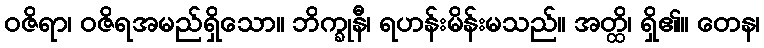
ဝဇိရာ၊ ဝဇိရအမည်ရှိသော။ ဘိက္ခုနီ၊ ရဟန်းမိန်းမသည်။ အတ္ထိ၊ ရှိ၏။ တေန၊